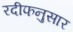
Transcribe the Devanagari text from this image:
रदीफनुसार